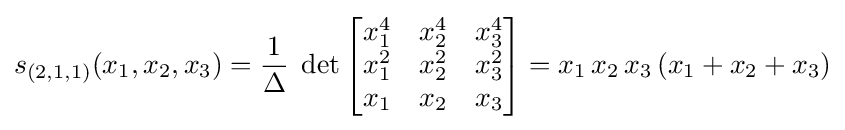
s_{(2,1,1)}(x_{1},x_{2},x_{3})={\frac {1}{\Delta }}\;\det \left[{\begin{matrix}x_{1}^{4}&x_{2}^{4}&x_{3}^{4}\\x_{1}^{2}&x_{2}^{2}&x_{3}^{2}\\x_{1}&x_{2}&x_{3}\end{matrix}}\right]=x_{1}\,x_{2}\,x_{3}\,(x_{1}+x_{2}+x_{3})